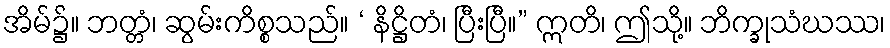
အိမ်၌။ ဘတ္တံ၊ ဆွမ်းကိစ္စသည်။ ‘ နိဋ္ဌိတံ၊ ပြီးပြီ။” ဣတိ၊ ဤသို့။ ဘိက္ခုသံဃဿ၊